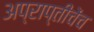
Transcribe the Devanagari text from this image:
अप्राप्तीचेंच